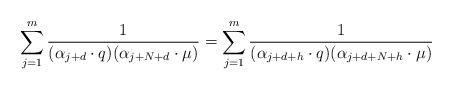
LaTeX: \begin{align*}\sum_{j=1}^{m}{1\over{(\alpha_{j+d}\cdot q)(\alpha_{j+N+d}\cdot\mu)}} =\sum_{j=1}^{m}{1\over{(\alpha_{j+d+h}\cdot q) (\alpha_{j+d+N+h}\cdot\mu)}}\end{align*}